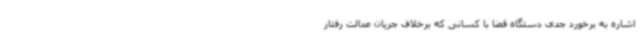
اشاره به برخورد جدی دستگاه قضا با کسانی که برخلاف جریان عدالت رفتار